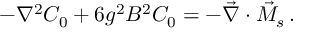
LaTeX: - \nabla ^ { 2 } C _ { 0 } + 6 g ^ { 2 } B ^ { 2 } C _ { 0 } = - \vec { \nabla } \cdot \vec { M } _ { s } \, .